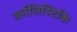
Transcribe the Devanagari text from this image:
जर्नलिस्टिकि